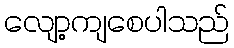
လျော့ကျစေပါသည်